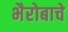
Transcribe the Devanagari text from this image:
भैरोबाचे